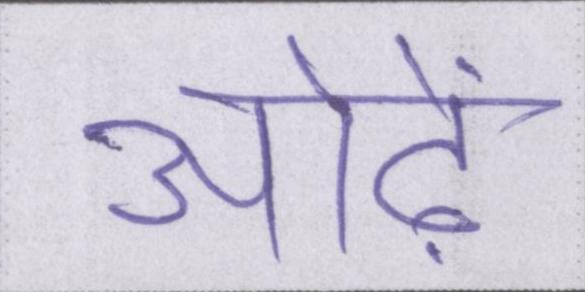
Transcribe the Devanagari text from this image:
ओढ़ें